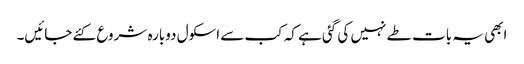
ابھی یہ بات طے نہیں کی گئی ہے کہ کب سے اسکول دوبارہ شروع کئے جائیں۔